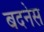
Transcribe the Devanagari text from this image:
बदनेस